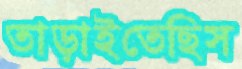
তাড়াইতেছিস